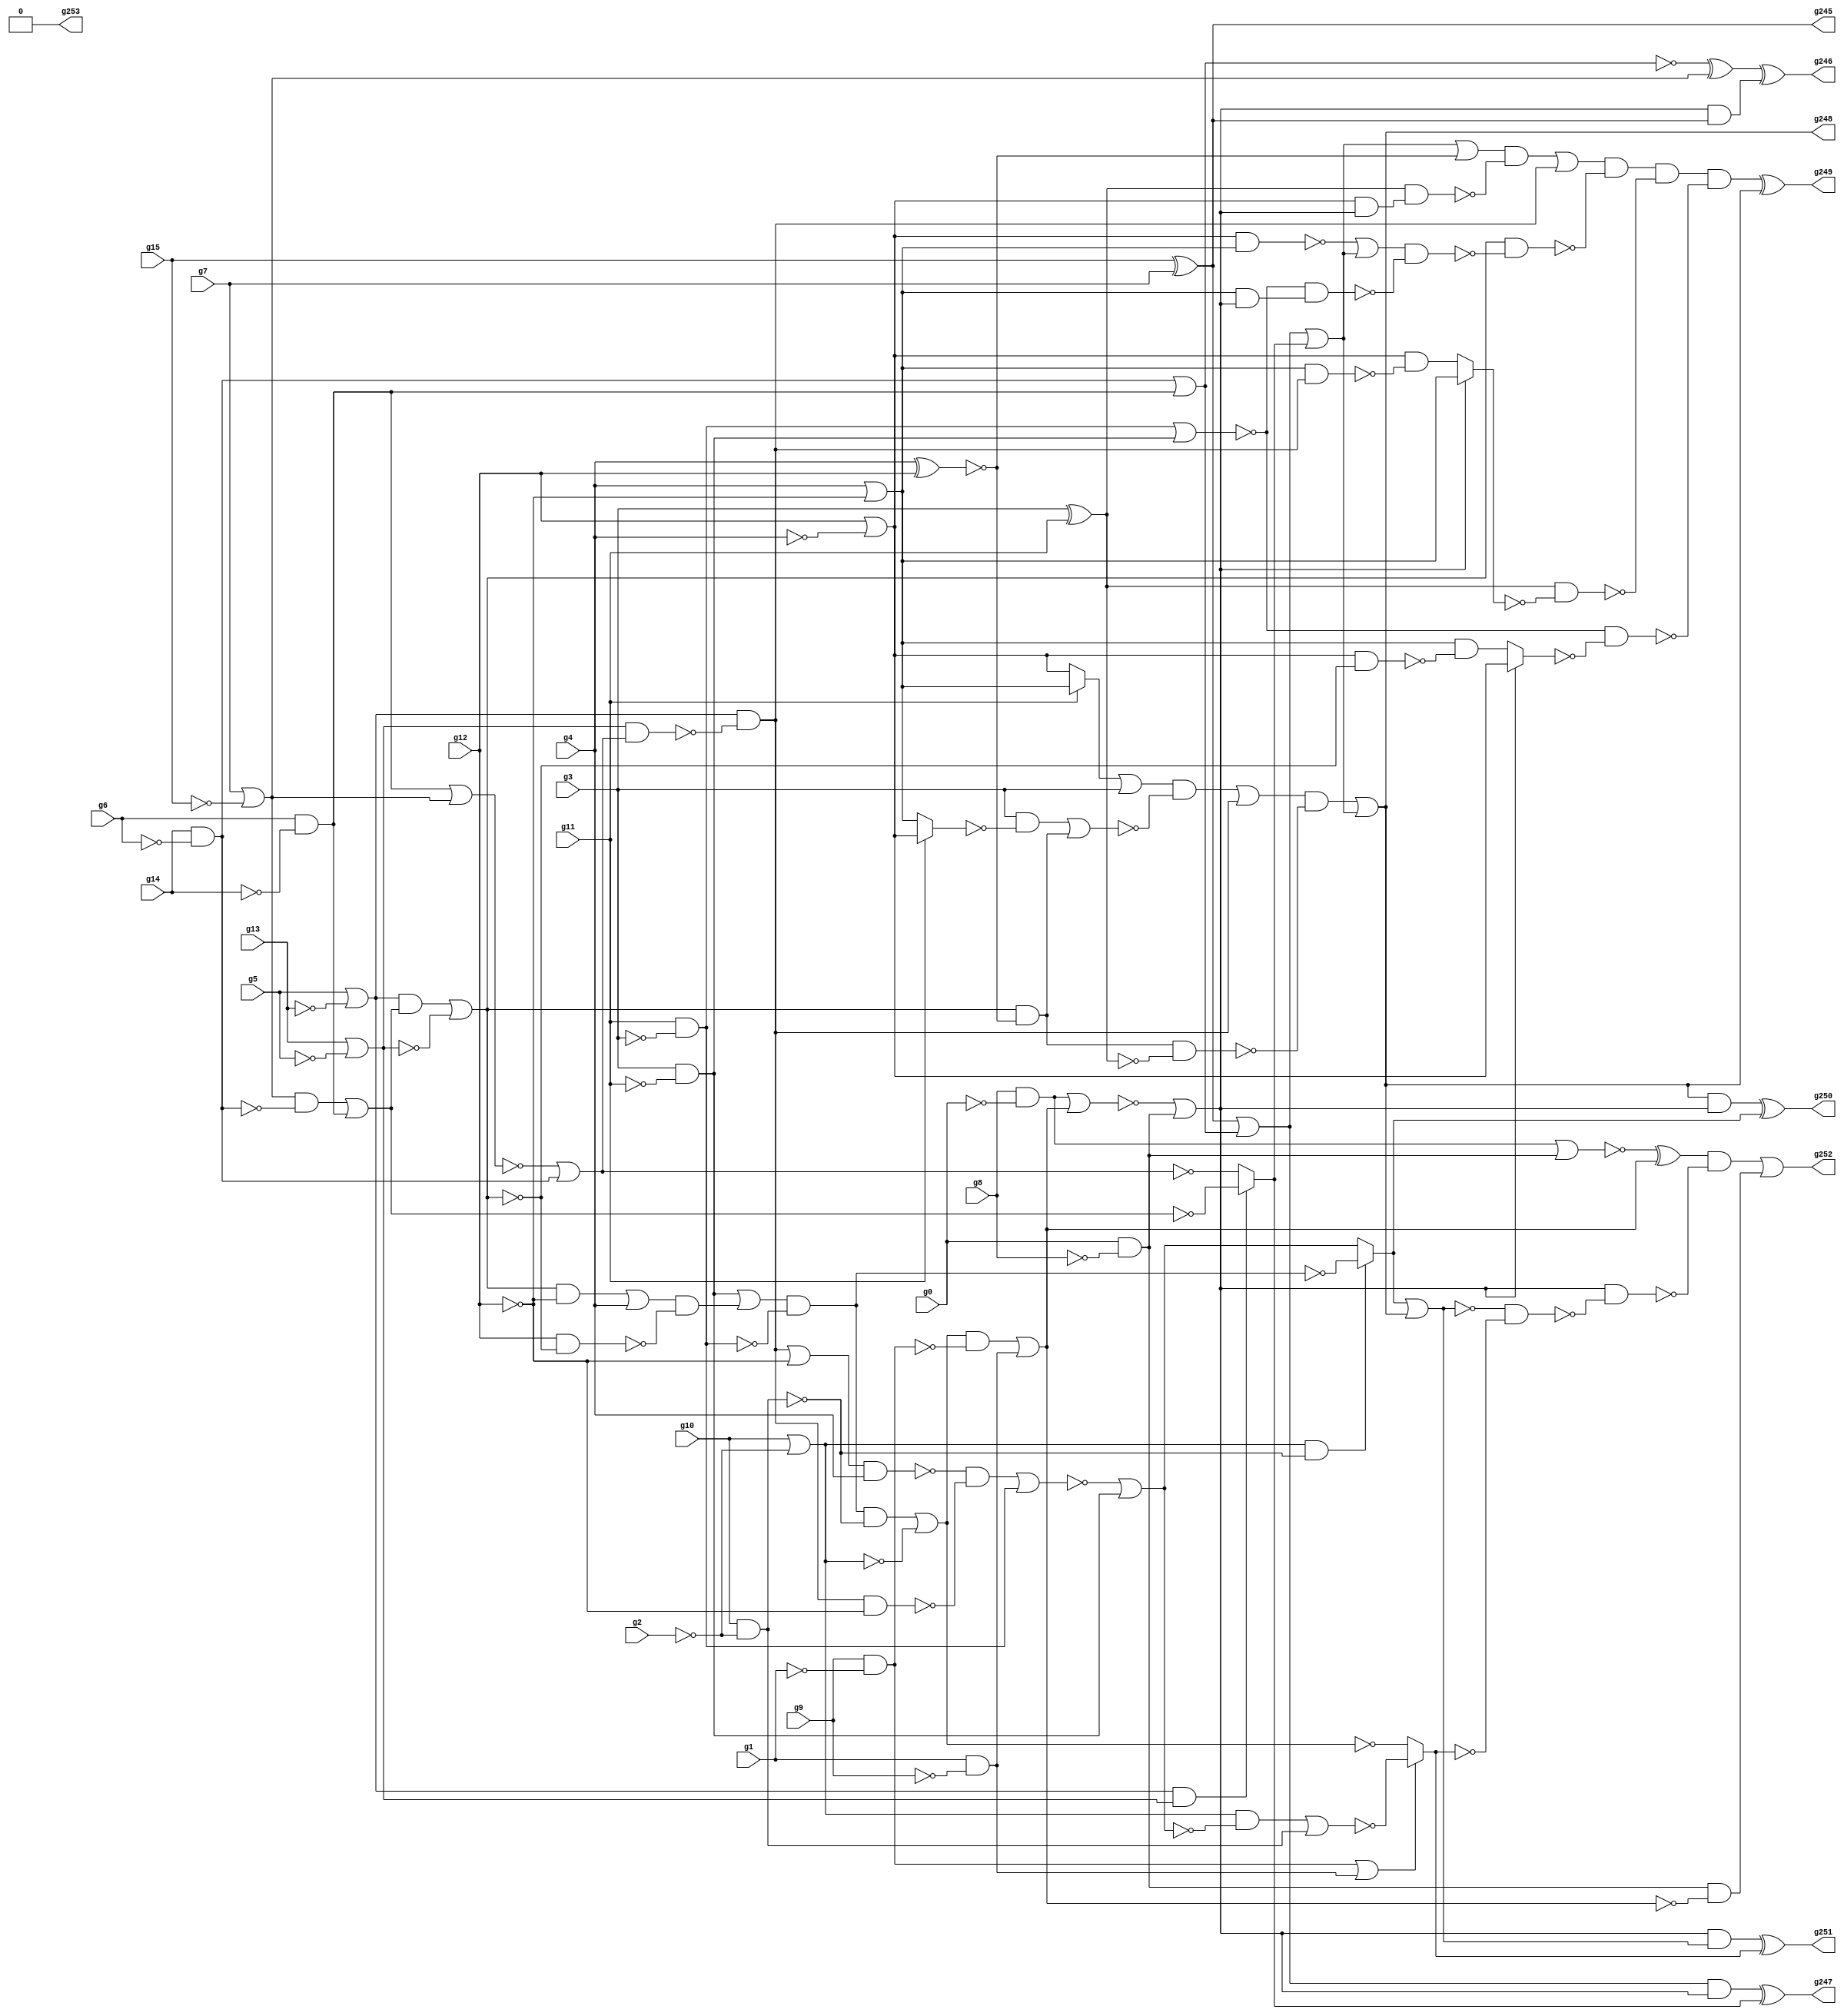
/* Generated by Yosys 0.9+4052 (git sha1 a5adb007, gcc 9.3.0-17ubuntu1~20.04 -fPIC -Os) */

module circuit(g0, g1, g2, g3, g4, g5, g6, g7, g8, g9, g10, g11, g12, g13, g14, g15, g253, g252, g251, g250, g249, g248, g247, g246, g245);
  wire _000_;
  wire _001_;
  wire _002_;
  wire _003_;
  wire _004_;
  wire _005_;
  wire _006_;
  wire _007_;
  wire _008_;
  wire _009_;
  wire _010_;
  wire _011_;
  wire _012_;
  wire _013_;
  wire _014_;
  wire _015_;
  wire _016_;
  wire _017_;
  wire _018_;
  wire _019_;
  wire _020_;
  wire _021_;
  wire _022_;
  wire _023_;
  wire _024_;
  wire _025_;
  wire _026_;
  wire _027_;
  wire _028_;
  wire _029_;
  wire _030_;
  wire _031_;
  wire _032_;
  wire _033_;
  wire _034_;
  wire _035_;
  wire _036_;
  wire _037_;
  wire _038_;
  wire _039_;
  wire _040_;
  wire _041_;
  wire _042_;
  wire _043_;
  wire _044_;
  wire _045_;
  wire _046_;
  wire _047_;
  wire _048_;
  wire _049_;
  wire _050_;
  wire _051_;
  wire _052_;
  wire _053_;
  wire _054_;
  wire _055_;
  wire _056_;
  wire _057_;
  wire _058_;
  wire _059_;
  wire _060_;
  wire _061_;
  wire _062_;
  wire _063_;
  wire _064_;
  wire _065_;
  wire _066_;
  wire _067_;
  wire _068_;
  wire _069_;
  wire _070_;
  wire _071_;
  wire _072_;
  wire _073_;
  wire _074_;
  wire _075_;
  wire _076_;
  wire _077_;
  wire _078_;
  wire _079_;
  wire _080_;
  wire _081_;
  wire _082_;
  wire _083_;
  wire _084_;
  wire _085_;
  wire _086_;
  wire _087_;
  wire _088_;
  wire _089_;
  wire _090_;
  wire _091_;
  wire _092_;
  wire _093_;
  wire _094_;
  wire _095_;
  wire _096_;
  wire _097_;
  wire _098_;
  wire _099_;
  wire _100_;
  input g0;
  input g1;
  input g10;
  input g11;
  input g12;
  input g13;
  input g14;
  input g15;
  input g2;
  output g245;
  output g246;
  output g247;
  output g248;
  output g249;
  output g250;
  output g251;
  output g252;
  output g253;
  input g3;
  input g4;
  input g5;
  input g6;
  input g7;
  input g8;
  input g9;
  assign g245 = g15 ^ g7;
  assign _030_ = g0 & ~(g8);
  assign _031_ = g1 & ~(g9);
  assign _032_ = g10 | ~(g2);
  assign _033_ = g13 | ~(g5);
  assign _034_ = g5 | ~(g13);
  assign _035_ = g6 & ~(g14);
  assign _036_ = g7 | ~(g15);
  assign _037_ = g14 & ~(g6);
  assign _038_ = _036_ & ~(_037_);
  assign _039_ = ~(_038_ | _035_);
  assign _040_ = _034_ & ~(_039_);
  assign _041_ = _040_ | ~(_033_);
  assign _042_ = _041_ & ~(g12);
  assign _043_ = _042_ | g4;
  assign _044_ = g12 & ~(_041_);
  assign _045_ = _043_ & ~(_044_);
  assign _046_ = g3 & ~(g11);
  assign _047_ = _046_ | _045_;
  assign _048_ = g11 & ~(g3);
  assign _049_ = _047_ & ~(_048_);
  assign _050_ = g10 & ~(g2);
  assign _051_ = _049_ & ~(_050_);
  assign _052_ = _051_ | ~(_032_);
  assign _053_ = g9 & ~(g1);
  assign _054_ = _052_ & ~(_053_);
  assign _055_ = _054_ | _031_;
  assign _056_ = g8 & ~(g0);
  assign _057_ = ~(_056_ | _055_);
  assign _058_ = _057_ | _030_;
  assign _059_ = _058_ & g245;
  assign _060_ = ~(_037_ | _035_);
  assign _061_ = _060_ ^ _036_;
  assign g246 = _061_ ^ _059_;
  assign _062_ = ~(_035_ | _036_);
  assign _063_ = ~(_062_ | _037_);
  assign _064_ = _034_ & _033_;
  assign _065_ = _064_ ? _039_ : _063_;
  assign _066_ = g245 | ~(_060_);
  assign _067_ = _066_ & _058_;
  assign g247 = _067_ ^ _065_;
  assign _068_ = _066_ | _065_;
  assign _069_ = _033_ & ~(_063_);
  assign _070_ = _034_ & ~(_069_);
  assign _071_ = g4 ^ g12;
  assign _072_ = _041_ & ~(_071_);
  assign _073_ = g4 | ~(g12);
  assign _074_ = g12 | ~(g4);
  assign _075_ = g11 ? _074_ : _073_;
  assign _076_ = g3 & ~(_075_);
  assign _077_ = _076_ | _072_;
  assign _078_ = g11 ? _073_ : _074_;
  assign _079_ = _078_ | g3;
  assign _080_ = _079_ & ~(_077_);
  assign _081_ = _080_ | _070_;
  assign _082_ = g3 ^ g11;
  assign _083_ = _072_ & ~(_082_);
  assign _084_ = _081_ & ~(_083_);
  assign g248 = _084_ | _068_;
  assign _085_ = _068_ | ~(_071_);
  assign _086_ = ~(_074_ & _058_);
  assign _087_ = _082_ & ~(_086_);
  assign _088_ = _085_ & ~(_087_);
  assign _089_ = _088_ | _070_;
  assign _090_ = ~(_074_ & _073_);
  assign _091_ = _090_ | _068_;
  assign _092_ = ~(_073_ & _058_);
  assign _093_ = ~(_048_ | _046_);
  assign _094_ = _093_ & ~(_092_);
  assign _095_ = _091_ & ~(_094_);
  assign _096_ = _041_ & ~(_095_);
  assign _097_ = _089_ & ~(_096_);
  assign _098_ = _073_ & _070_;
  assign _099_ = _074_ & ~(_098_);
  assign _100_ = _058_ ? _073_ : _099_;
  assign _000_ = _082_ & ~(_100_);
  assign _001_ = _097_ & ~(_000_);
  assign _002_ = _074_ & ~(_041_);
  assign _003_ = _073_ & ~(_002_);
  assign _004_ = _058_ ? _074_ : _003_;
  assign _005_ = _093_ & ~(_004_);
  assign _006_ = _001_ & ~(_005_);
  assign g249 = _006_ ^ g248;
  assign _007_ = ~_049_;
  assign _008_ = _070_ | ~(g12);
  assign _009_ = ~(_008_ & g4);
  assign _010_ = _070_ & ~(g12);
  assign _011_ = _009_ & ~(_010_);
  assign _012_ = ~(_011_ | _048_);
  assign _013_ = _012_ | _046_;
  assign _014_ = _032_ & ~(_050_);
  assign _015_ = _014_ ? _007_ : _013_;
  assign _016_ = g248 & _058_;
  assign g250 = _016_ ^ _015_;
  assign _017_ = ~_052_;
  assign _018_ = _032_ & ~(_013_);
  assign _019_ = ~(_018_ | _050_);
  assign _020_ = ~(_053_ | _031_);
  assign _021_ = _020_ ? _017_ : _019_;
  assign _022_ = ~(_015_ | g248);
  assign _023_ = _058_ & ~(_022_);
  assign g251 = _023_ ^ _021_;
  assign _024_ = _030_ & ~(_055_);
  assign _025_ = ~(_056_ | _030_);
  assign _026_ = _025_ ^ _055_;
  assign _027_ = _022_ & ~(_021_);
  assign _028_ = _058_ & ~(_027_);
  assign _029_ = _026_ & ~(_028_);
  assign g252 = _029_ | _024_;
  assign g253 = 1'h0;
endmodule